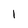
Character: 1